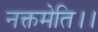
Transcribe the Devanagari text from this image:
नक्तमेति।।